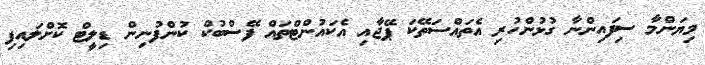
މިޔަންމާ ސިފައިންނާ ގުޅުންހުރި އެތައްސަތޭކަ ޕޭޖާއި އެކައުންޓްތައް ފޭސްބުކް ކުންފުނިން ޑިލީޓް ކޮށްލައިފި